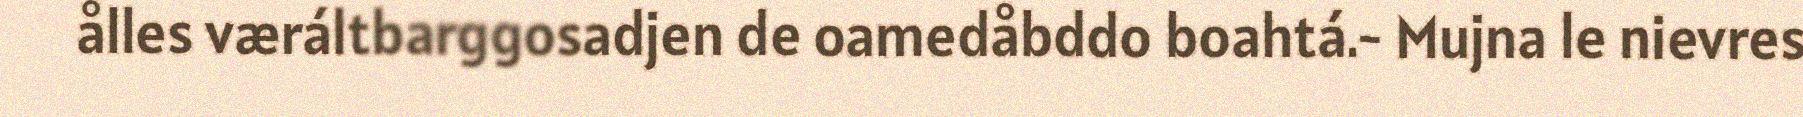
ålles væráltbarggosadjen de oamedåbddo boahtá.- Mujna le nievres